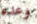
وعده